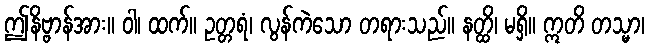
ဤနိဗ္ဗာန်အား။ ဝါ၊ ထက်။ ဥတ္တရံ၊ လွန်ကဲသော တရားသည်။ နတ္ထိ၊ မရှိ။ ဣတိ တသ္မာ၊